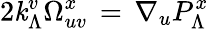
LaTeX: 2\mathit{k}_{\Lambda}^{v}\Omega_{uv}^{x}\, =\, \nabla_{u}P_{\Lambda}^{x}